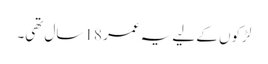
لڑکوں کے لیے یہ عمر 18 سال تھی۔